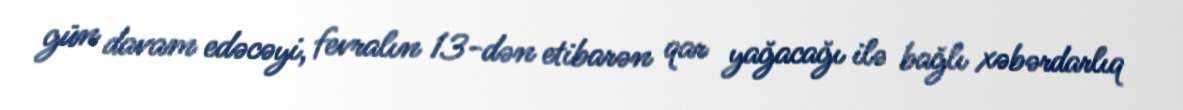
gün davam edəcəyi, fevralın 13-dən etibarən qar yağacağı ilə bağlı xəbərdarlıq